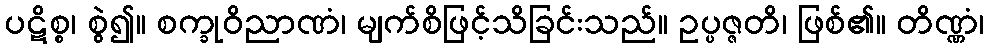
ပဋိစ္စ၊ စွဲ၍။ စက္ခုဝိညာဏံ၊ မျက်စိဖြင့်သိခြင်းသည်။ ဥပ္ပဇ္ဇတိ၊ ဖြစ်၏။ တိဏ္ဏံ၊